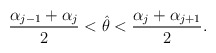
\begin{align*}{\alpha_{j-1}+\alpha_j \over 2} < \hat \theta < {\alpha_{j}+\alpha_{j+1} \over 2} .\end{align*}